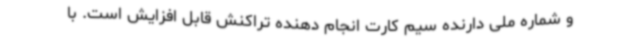
و شماره ملی دارنده سیم کارت انجام دهنده تراکنش قابل افزایش است. با